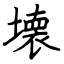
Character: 壊